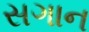
સગાન